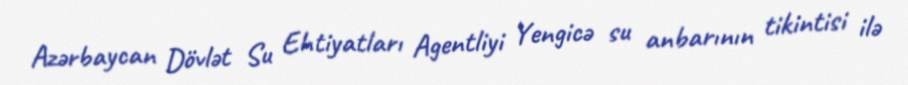
Azərbaycan Dövlət Su Ehtiyatları Agentliyi Yengicə su anbarının tikintisi ilə